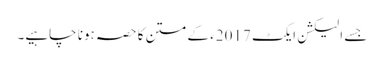
جسے الیکشن ایکٹ 2017ء کے متن کا حصہ ہونا چاہیے۔